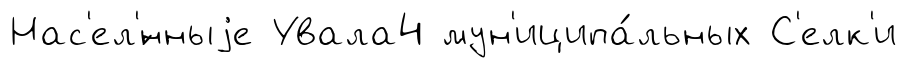
Нас'ел'́нныjе Увала4 мун'иципа́льных С'елк'и